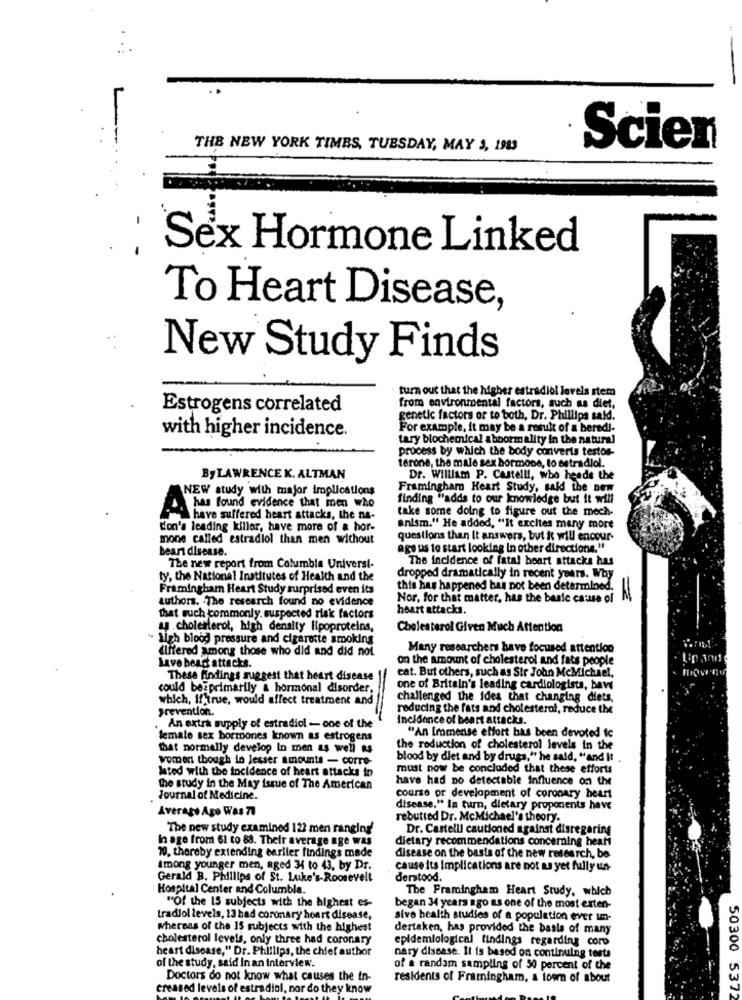
THE NEW YORK TIMES, TUESDAY, MAY 3, 1983
Scien
Sex Hormone Linked
To Heart Disease,
New Study Finds
turn out that the higher estradiol levels stem
Estrogens correlated
from environmental factors, such as diet,
genetic factors or to both, Dr. Phillips said.
with higher incidence.
For example, it may be a result of a beredi-
tary blochemical abnormality in the natural
process by which the body converts testos-
terone, the male sex hormone, to estradiol.
ByLAWRENCE K. ALTMAN
Dr. William P. Castelli, who heads the
NEW study with major implications
Framingham Heart Study, said the new
finding "adds to our knowledge but it will
take some doing to figure out the mech-
A has found evidence that men who
have suffered heart attacks, the na-
don's leading killer, have more of & hor-
anism." He added, "It excites many more
mone called estradiol than men without
questions than It answers, but it will encour-
bear disease.
age us to start looking In other directions."
The incidence of fatal heart attacks has
The new report from Columbia Universi-
ty, the National Institutes of Health and the
dropped dramatically in recent years. Why
Framingham Heart Study surprised even its
this has happened has not been determined.
authors. The research found no evidence
Nor, for that matter, has the basic cause of
heart attacks.
that such commonly. suspected risk factors
y.cholesterol, high density lipoproteins,
Cholesterol Given Much Attention
" high blood pressure and cigarette smoking
(lifered among those who did and did not
Many researchers have focused attention
Lave beast attacks.
on the amount of cholesterol and fats people
eat. But others, such as Sir John McMichael,
These findings suggest that heart disease
could beiprimarily & hormonal disorder,
one of Britain's leading cardiologists, have
which, If true, would affect treatment and
challenged the idea that changing diets,
Prevention.
reducing the fats and cholesterol, reduce the
incidence of heart attacks.
An extra supply of estradiol -- one of the
lemale sex borrones known as estrogens
"An Immense effort has been devoted Ic
that normally develop In men as well as
the reduction of cholesterol levels in the
women though in lesser amounts - corre-
blood by diet and by drugs," he said, "and It
lated with the incidence of heart attacks in
must now be concluded that these efforts
have had no detectable influence on the
the study in the May issue of The American
Journal of Medicine.
course or development of coronary heart
Average Age Was 77
disease." In turn, dietary proponents have
rebutted Dr. McMichael's theory.
The new study examined 122 men ranging'
Dr. Castelli cautioned against disregaring
In age from 61 to 88. Their average age was
dietary recommendations concerning heati
20, thereby extending earlier findings made
disease on the basis of the new research, bo
Among younger men, aged 34 to 43, by Dr.
cause its Implications are not as yet fully un-
Gerald B. Phillips of St. Luke's-Roosevelt
derstood.
Hospital Center and Columbla.
The Framingham Heart Study, which
""Of the 15 subjects with the highest es-
began 34 years ago as one of the most exten-
tradiol levels, 13 had coronary heart disease,
sive health studies of a population ever un-
whereas of the 15 subjects with the highest
dertaken, has provided the basis of many
cholesterol levels, only three had coronary
epidemiological findings regarding coro
heart disease," Dr. Phillips, the chief author
nary disease. It is based on continuing terte
of the study, said In an interview.
of a random sampling of 50 percent of the
Doctors do not know what causes the in-
residents of Framingham, & toorn of about
creased levels of estradiol, nor do they know
50300 5372